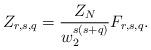
LaTeX: \begin{align*}Z_{r,s,q}=\frac{Z_N}{w_2^{s(s+q)}}F_{r,s,q}.\end{align*}